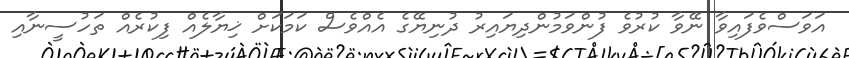
އަވަސްވެފައިވާ ނޭވާ ކުރުވެ ފުންވަމުންދިޔައިރު ދުނިޔޭގެ އެއްވެސް ކަމަކަށް ޚިޔާލެއް ފިކުރެއް ތަހުސީނާއި